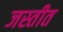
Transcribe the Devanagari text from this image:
जस्तीत